system: You are a helpful assistant.
user:
Analyze the provided spectrum to determine if it is a **White Dwarf (WD)**.

A White Dwarf spectrum is defined by its **extreme purity** (due to gravitational settling) and/or **extreme pressure broadening** (due to high surface gravity). You must check for one of the following mutually exclusive signatures:

- **Key Visual Indicators (Check for ONE of these types):**

    - **1. DA-Type Signature (Most Common):**
        - **(Primary Feature):** Extreme pressure broadening (Stark broadening) of the **Hydrogen (H) Balmer lines**.
        - **(Key Lines):** $H\beta$ (approx. $4861$ Å) and $H\gamma$ (approx. $4340$ Å). $H\alpha$ (approx. $6563$ Å) will also be present if the wavelength range covers it.
        - **(Line Profile):** This is the **defining feature**. The lines are **NOT** sharp. They appear as massive, **extremely broad and deep "troughs" or "dips"** in the spectrum, often hundreds of Ångströms wide. The continuum will appear to "scoop" down at these wavelengths.
        - **(Distinction):** Normal A-type or B-type stars have *narrow* and *sharp* Hydrogen lines. A DA White Dwarf's lines are unmistakably "smeared" or "blurry" from pressure.

    - **2. DB-Type Signature:**
        - **(Primary Feature):** Broad absorption lines from **Neutral Helium (He I)**. The spectrum must lack any visible Hydrogen lines.
        - **(Key Lines):** Look for broad absorption near $4471$ Å, $4921$ Å, and $5876$ Å.
        - **(Line Profile):** These lines are also significantly pressure-broadened, appearing much wider than they would in a normal B-type main-sequence star.

    - **3. DC-Type Signature:**
        - **(Primary Feature):** A **featureless continuous spectrum**.
        - **(Line Profile):** The spectrum is a smooth curve with **no significant absorption or emission lines**.
        - **(Key Confirmation):** The continuum is almost always **blue or white**, indicating a hot object. This signature implies the atmosphere is so pure (or so cool) that no spectral lines are visible in the optical range. Its WD identity is confirmed by its extremely low intrinsic brightness (high absolute magnitude).

    - **4. DZ-Type Signature (Metal-Polluted):**
        - **(Primary Feature):** **Isolated, narrow metal absorption lines** on an otherwise featureless (DC-like) continuum.
        - **(Key Lines):** The **Calcium (Ca II) H & K doublet** (approx. **$3934$ Å** and **$3968$ Å**) is the most common and defining feature.
        - **(Line Profile):** These lines are "out of place." They are *not* part of a "forest" of thousands of lines. This signature is evidence of recent *accretion* (pollution) from rocky debris.
        - **(Distinction):** Normal G/K/M stars have a *dense forest* of thousands of metal lines. A DZ has a *clean* continuum with *only a few* strong metal lines.

    - **5. DQ-Type Signature (Carbon-Polluted):**
        - **(Primary Feature):** Absorption bands from **Carbon (C₂ "Swan Bands" or atomic C I)**.
        - **(Key Lines - C₂):** Look for bandheads with a "saw-tooth" shape near $5635$ Å, **$5165$ Å** (strongest), and $4737$ Å.
        - **(Key Confirmation):** The underlying **continuum must be blue or white** (hot).
        - **(Distinction):** This is the critical difference from a **Carbon Star**, which has the *exact same* C₂ bands but on an extremely **red, cool** continuum.

- **(Overall Spectrum):**
    - The continuum (overall shape) is typically **blue-sloping** (brighter in the blue than the red), as most white dwarfs are very hot.
    - The spectrum will look "pure" or "simple," dominated by only *one* of the five signatures listed above.

Think first, call **spectral_visualization_tool** if needed to examine features in detail, then provide your final answer. Your response must adhere to the following strict rules:
1.  **Overall Structure:** Your response must follow the format `<think>...</think> <tool_call>...</tool_call> (if a tool is used) <answer>...</answer>`.
2.  **Tool Usage Constraint:** You may only make **one** tool call per turn.
3.  **Final Answer Format:** In the `<answer>` tag, your conclusion must be inside a `\boxed{}` command (e.g., `\boxed{YES}` or `\boxed{NO}`), followed by your justification.

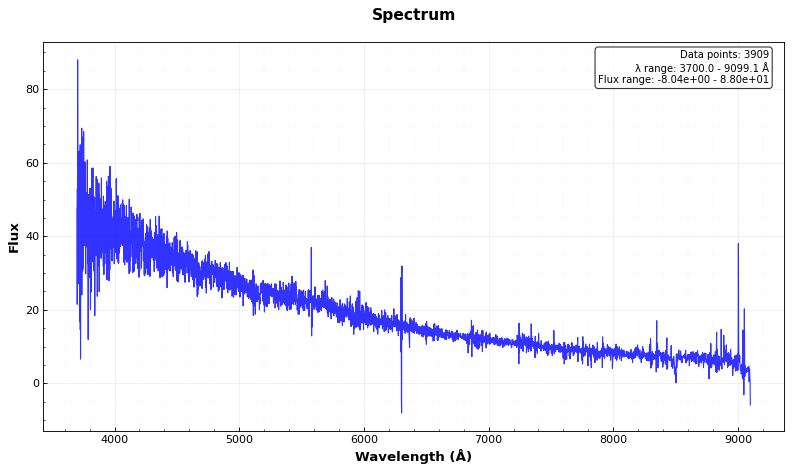
Answer: YES